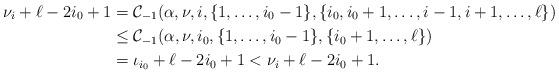
LaTeX: \begin{align*}\nu_i + \ell - 2i_0 + 1 & = \mathcal{C}_{-1}(\alpha, \nu, i, \lbrace 1, \ldots, i_0-1 \rbrace, \lbrace i_0, i_0+1, \ldots, i-1, i+1, \ldots, \ell \rbrace) \\ & \leq \mathcal{C}_{-1}(\alpha, \nu, i_0, \lbrace 1, \ldots, i_0-1 \rbrace, \lbrace i_0+1, \ldots, \ell \rbrace) \\ & = \iota_{i_0} + \ell - 2i_0 + 1 < \nu_i + \ell - 2i_0 + 1.\end{align*}